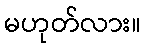
မဟုတ်လား။